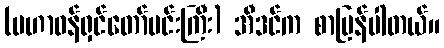
(မဟာဝန်ရှင်တော်မင်းကြီး) အီဒင်က စာပြန်ပါတယ်။